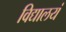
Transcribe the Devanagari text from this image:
विद्यालयं